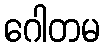
ဂေါတမ